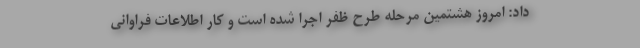
داد: امروز هشتمین مرحله طرح ظفر اجرا شده است و کار اطلاعات فراوانی